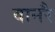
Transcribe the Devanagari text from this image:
वानरै